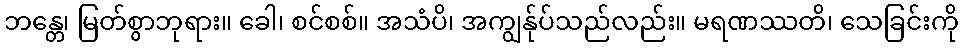
ဘန္တေ၊ မြတ်စွာဘုရား။ ခေါ၊ စင်စစ်။ အသံပိ၊ အကျွန်ုပ်သည်လည်း။ မရဏဿတိ၊ သေခြင်းကို